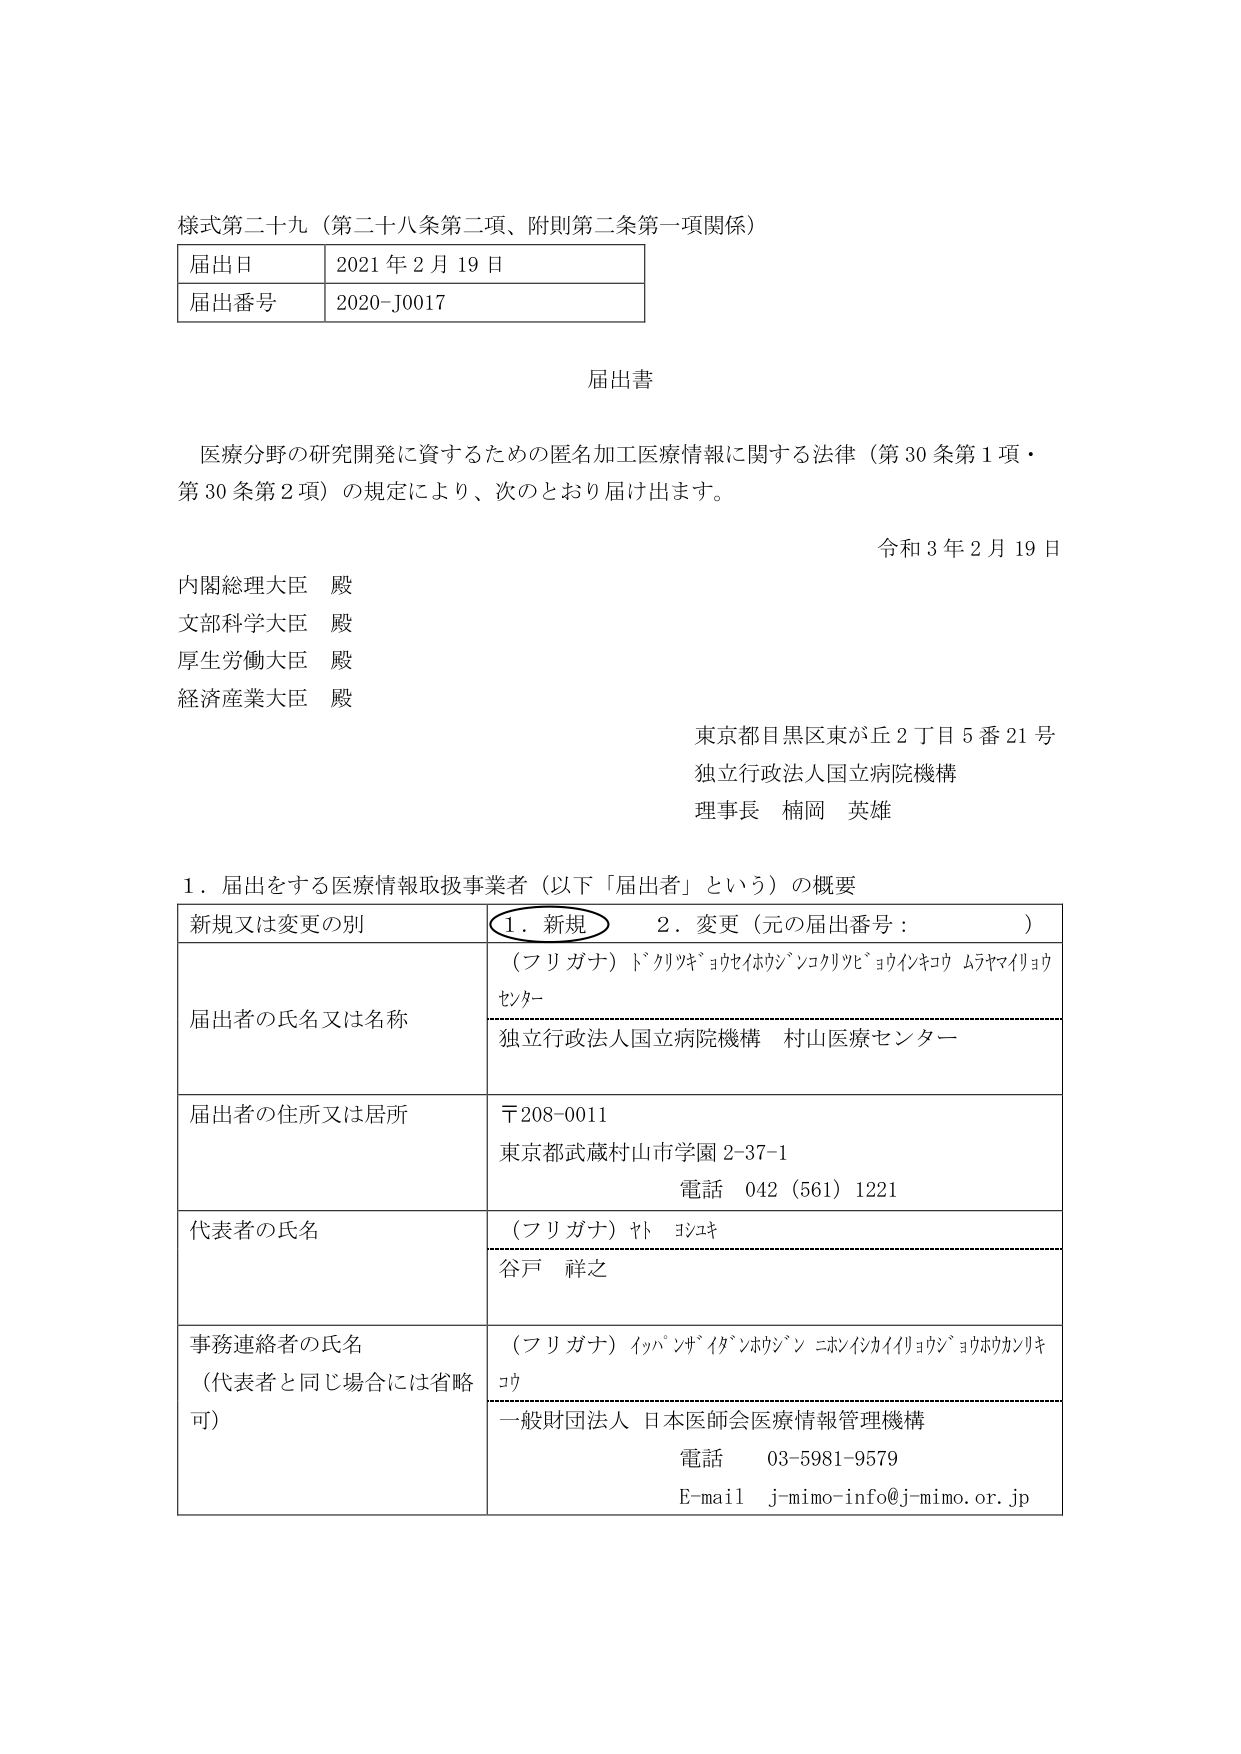
様式第二十九（第二十八条第二項、附則第二条第一項関係）

届出日　2021年2月19日
届出番号　2020-J0017

届出書

医療分野の研究開発に資するための匿名加工医療情報に関する法律（第30条第1項・第30条第2項）の規定により、次のとおり届け出ます。

令和3年2月19日

内閣総理大臣　殿
文部科学大臣　殿
厚生労働大臣　殿
経済産業大臣　殿

東京都目黒区東が丘2丁目5番21号
独立行政法人国立病院機構
理事長　楠岡　英雄

1．届出をする医療情報取扱事業者（以下「届出者」という）の概要

新規又は変更の別　　○1．新規　　2．変更（元の届出番号：　　　　）

届出者の氏名又は名称
（フリガナ）ドクリツキョウセイホウジンコクリツビョウインキコウ　ムラヤマイリョウセンタ－
独立行政法人国立病院機構　村山医療センター

届出者の住所又は居所
〒208-0011
東京都武蔵村山市学園2-37-1
電話　042（561）1221

代表者の氏名
（フリガナ）ヤト　ヨシユキ
谷戸　祥之

事務連絡者の氏名
（代表者と同じ場合には省略可）
（フリガナ）イッパンザイダンホウジン　ニホンイシカイイリョウジヨウホウカンリキコウ
一般財団法人　日本医師会医療情報管理機構
電話　03-5981-9579
E-mail　j-mimo-info@j-mimo.or.jp